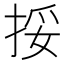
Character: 挼